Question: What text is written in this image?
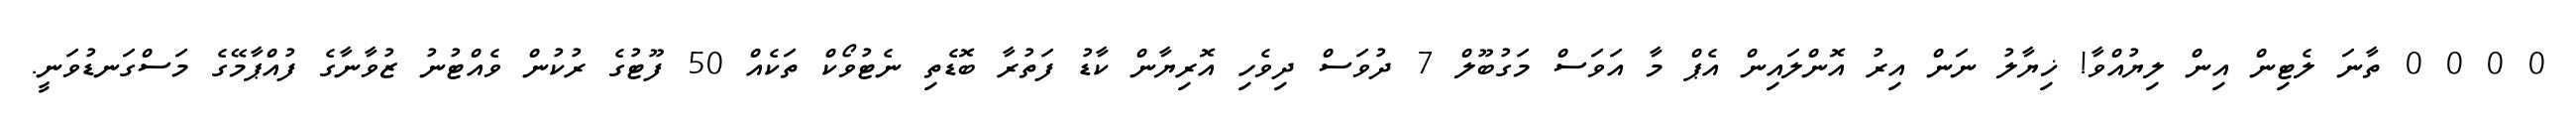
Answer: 0 0 0 0 ތާނަ ލެޓިން އިން ލިޔުއްވާ! ޚިޔާލު ނަން އިރު އޮންލައިން އެޕް މާ އަވަސް މަގުބޫލް 7 ދުވަސް ދިވެހި އޮރިޔާން ކާޑު ފަތުރާ ބޮޑެތި ނެޓުވޯކް ތަކެއް 50 ފޫޓުގެ ރުކުން ވެއްޓުނު ޒުވާނާގެ ފުއްޕާމޭގެ މަސްގަނޑުވަނީ.